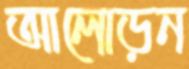
আলোড়ন